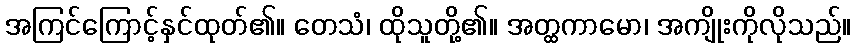
အကြင်ကြောင့်နှင်ထုတ်၏။ တေသံ၊ ထိုသူတို့၏။ အတ္ထကာမော၊ အကျိုးကိုလိုသည်။